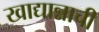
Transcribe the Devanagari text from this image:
खाद्यान्नाची